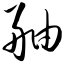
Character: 舳